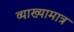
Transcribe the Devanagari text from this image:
व्याख्यामात्र